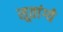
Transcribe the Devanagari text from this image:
सूतांग्ये